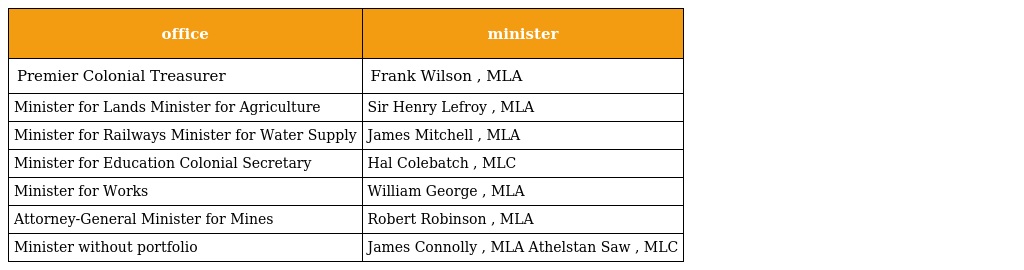
| office | minister |
 | --- | --- |
 | Premier Colonial Treasurer | Frank Wilson , MLA |
 | Minister for Lands Minister for Agriculture | Sir Henry Lefroy , MLA |
 | Minister for Railways Minister for Water Supply | James Mitchell , MLA |
 | Minister for Education Colonial Secretary | Hal Colebatch , MLC |
 | Minister for Works | William George , MLA |
 | Attorney-General Minister for Mines | Robert Robinson , MLA |
 | Minister without portfolio | James Connolly , MLA Athelstan Saw , MLC |